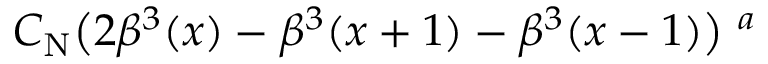
C _ { \mathrm { N } } \big ( 2 \beta ^ { 3 } ( x ) - \beta ^ { 3 } ( x + 1 ) - \beta ^ { 3 } ( x - 1 ) \big ) \ ^ { a }